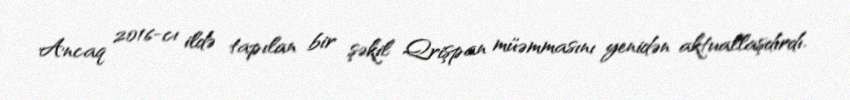
Ancaq 2016-cı ildə tapılan bir şəkil Qrişpan müəmmasını yenidən aktuallaşdırdı.